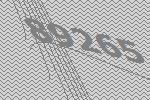
89265